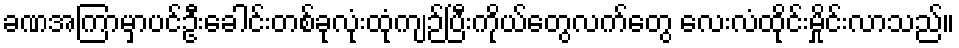
ခဏအကြာမှာပင်ဦးခေါင်းတစ်ခုလုံးထုံကျဉ်ပြီးကိုယ်တွေလက်တွေ လေးလံထိုင်းမှိုင်းလာသည်။